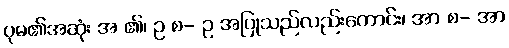
ပုမ၏အဆုံး အ ၏၊ ဥ စ- ဥ အပြုသည်လည်းကောင်း၊ အာ စ- အာ